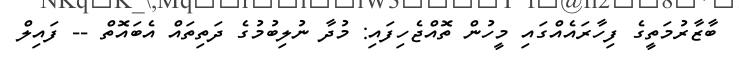
ބާޒާރުމަތީގެ ފިހާރައެއްގައި މީހުން ތޮއްޖެހިފައި: މުދާ ނުލިބުމުގެ ދަތިތައް އެބައޮތް -- ފައިލް